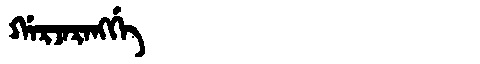
Manchu: ᡤᠠᡵᠵᠠᡵᠠᠩᡤᡝ
Romanization: GARJARANGGE